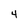
Character: 4